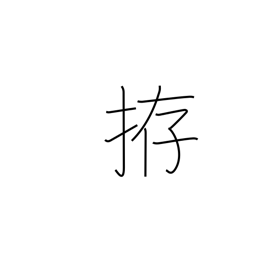
Meaning: prepare